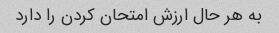
به هر حال ارزش امتحان کردن را دارد